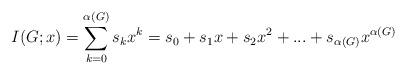
LaTeX: \begin{align*} I(G;x) = \sum_{k=0}^{\alpha(G)}{s_k}x^{k}={s_0}+{s_1}x+{s_2}x^{2}+...+{s_{\alpha(G)}}x^{\alpha(G)}\end{align*}